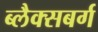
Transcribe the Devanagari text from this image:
ब्लैक्सबर्ग